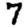
Digit: 7